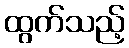
ထွက်သည့်